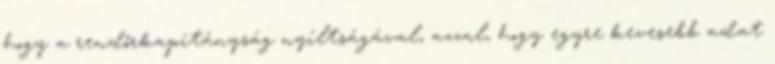
hogy a rendőrkapitányság nyíltságával, azzal, hogy egyre kevesebb adat